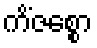
ကိံဇစ္စော